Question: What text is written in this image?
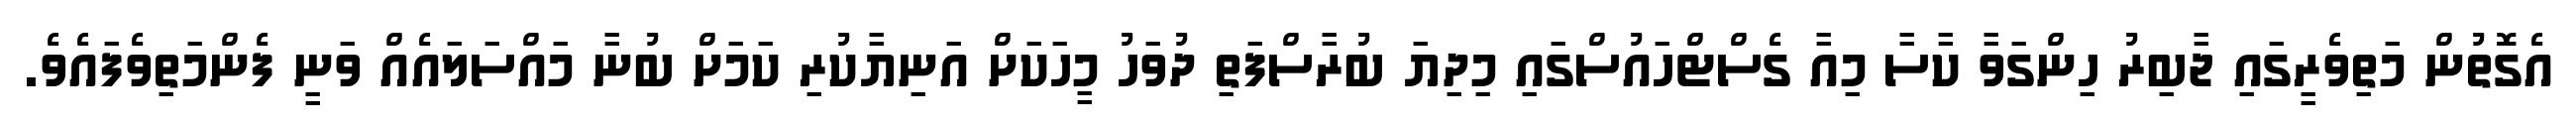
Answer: އެގޮތުން މަތިވެރީގައި ޖާބިރު ހިންގަވާ ކާސާ މިއާ ގެސްޓްހައުސްގައި މިދިޔަ ބުރާސްފަތި ދުވަހު މީހަކަށް އަނިޔާކުރި ކަމަށް ބުނާ މައްސަލައެއް ވަނީ ފެންމަތިވެފައެވެ.